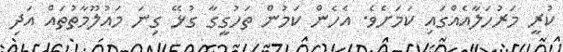
ކުރީ މަރުހަލާއެއްގައި ކަމަށެވެ. އެހެން ކަމުން ތަހުގީގާ ގުޅޭ ގިނަ މައުލޫމާތުތައް އަދި